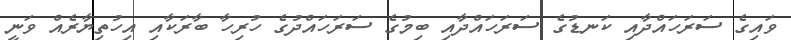
ވައިގެ ސަރަހައްދާއި ކަނޑުގެ ސަރަހައްދާއި ބިމުގެ ސަރަހައްދުގެ ހުރިހާ ބާރަކާއި އިހުތިޔާރެއް ވަނީ